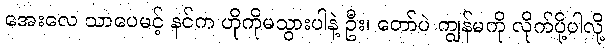
အေးလေ သာပေမင့် နင်က ဟိုကိုမသွားပါနဲ့ ဦး၊ တော်ပဲ ကျွန်မကို လိုက်ပို့ပါလို့